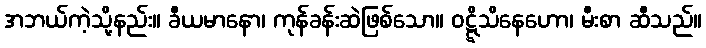
အဘယ်ကဲ့သို့နည်း။ ခီယမာနော၊ ကုန်ခန်းဆဲဖြစ်သော။ ဝဋ္ဋိသိနေဟော၊ မီးစာ ဆီသည်။